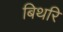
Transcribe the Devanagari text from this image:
बिथरि